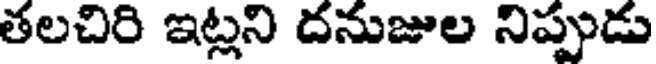
తలచిరి ఇట్లని దనుజుల నిప్పుడు